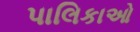
પાલિકાઓ